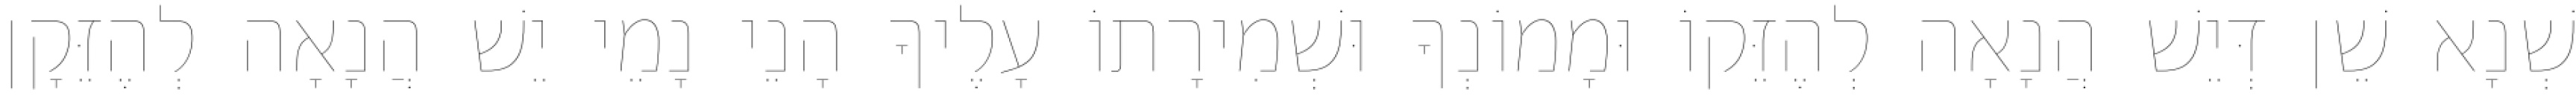
שְׁנָא שֵׁן דְּיֵשׁ הֲנָאָה לְהֶזֵּקוֹ וּמָמוֹנְךָ וּשְׁמִירָתוֹ עָלֶיךָ הָנֵי נָמֵי יֵשׁ הֲנָאָה לְהֶזֵּקָן